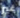
غير